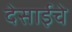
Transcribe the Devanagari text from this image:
देसाईचे